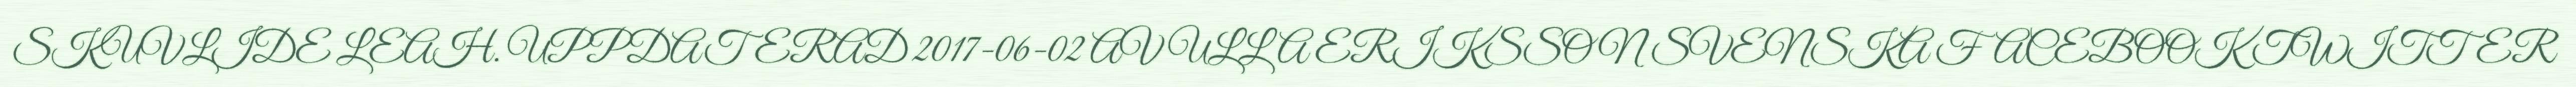
SKUVLIDE LEAH. UPPDATERAD 2017-06-02 AV ULLA ERIKSSON SVENSKA FACEBOOK TWITTER